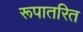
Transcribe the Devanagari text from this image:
रूपातरित